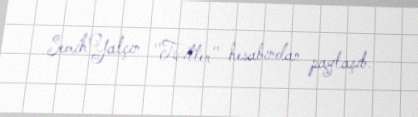
SemihYalçın "Twitter" hesabından paylaşıb.